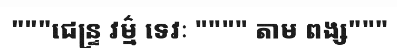
"""ជេន្ទ្រ វម៌្ម ទេវៈ """" តាម ពង្ស"""